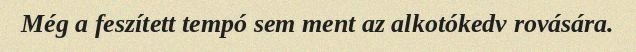
Még a feszített tempó sem ment az alkotókedv rovására.